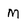
Character: M